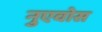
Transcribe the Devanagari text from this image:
नुएवोस